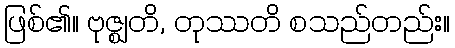
ဖြစ်၏။ ဗုဇ္ဈတိ, တုဿတိ စသည်တည်း။